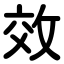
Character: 效